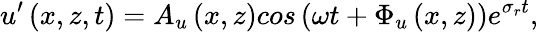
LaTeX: u^{\prime}\left(x,z,t\right)=A_{u}\left(x,z\right)cos\left(\omega t+\Phi_{u}\left(x,z\right)\right)e^{\sigma_{r}t},